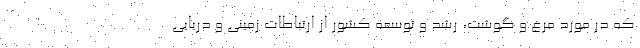
که در مورد مرغ و گوشت، رشد و توسعه کشور از ارتباطات زمینی و دریایی